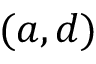
( a , d )